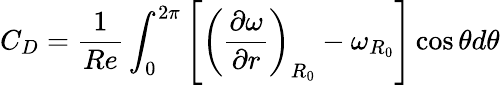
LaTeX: C_{D}=\frac{1}{Re}\int_{0}^{2\pi}\left[\left(\frac{\partial\omega}{\partial r}\right)_{R_{0}}-\omega_{R_{0}}\right]\cos{\theta}d\theta